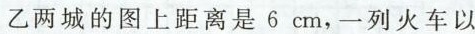
乙两城的图上距离是6cm，一列火车以